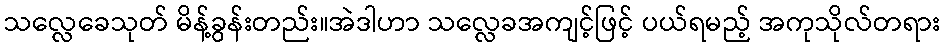
သလ္လေခေသုတ် မိန့်ခွန်းတည်း။အဲဒါဟာ သလ္လေခအကျင့်ဖြင့် ပယ်ရမည့် အကုသိုလ်တရား